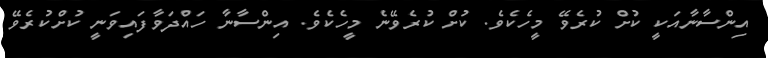
އިންސާނާއަކީ ކުށް ކުރެވޭ މީހެކެވެ. ކުށް ކުރެވޭނެ މީހެކެވެ. އިންސާނާ ހައްދަވާފައިވަނީ ކުށްކުރެވޭ